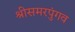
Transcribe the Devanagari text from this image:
श्रीसमरपुंगव